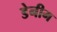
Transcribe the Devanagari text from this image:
डेनीम